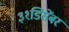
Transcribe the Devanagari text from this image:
३१डिसेंबर